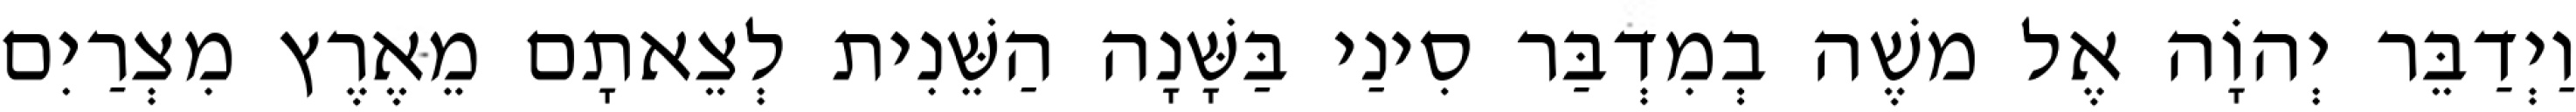
וַיְדַבֵּר יְהוָֹה אֶל משֶׁה בְמִדְבַּר סִינַי בַּשָּׁנָה הַשֵּׁנִית לְצֵאתָם מֵאֶרֶץ מִצְרַיִם